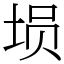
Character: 埙